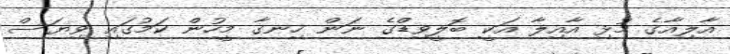
އާލިއާގެ މުޅި އާއިލާ އަކީ ބޮލީވިޑްގެ ނަން ހިނގާ މީހުން ކަމުގައި ވިޔަސް